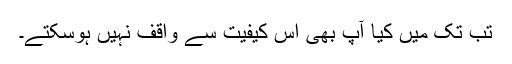
تب تک میں کیا آپ بھی اِس کیفیت سے واقف نہیں ہوسکتے۔